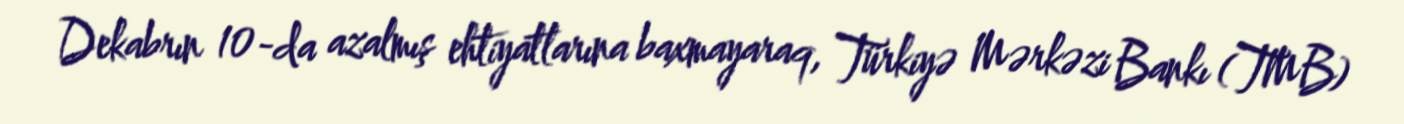
Dekabrın 10-da azalmış ehtiyatlarına baxmayaraq, Türkiyə Mərkəzi Bankı (TMB)